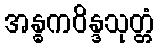
အန္ဓကဝိန္ဒသုတ္တံ